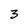
Character: 3